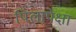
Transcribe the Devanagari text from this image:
पिलापेक्षा